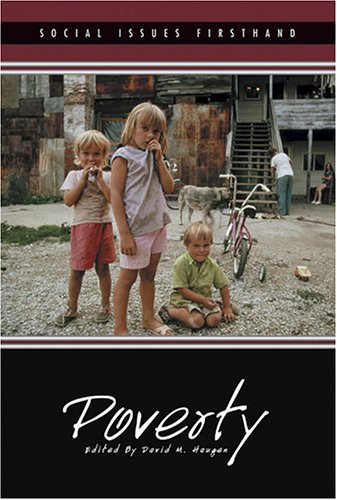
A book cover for Poverty (Social Issues Firsthand); David M Haugen; Teen & Young Adult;